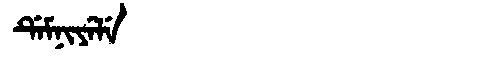
Manchu: ᡩᡝᠮᠨᡳᠶᡝᠯᡝ
Romanization: DEMNIYELE